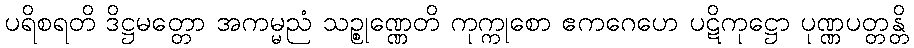
ပရိစရတိ ဒိဋ္ဌမတ္တော အကမ္မညံ သဉ္စုဏ္ဏေတိ ကုက္ကုစော ဧကဂေဟေ ပဋိကုဋ္ဌော ပုဏ္ဏပတ္တန္တိ